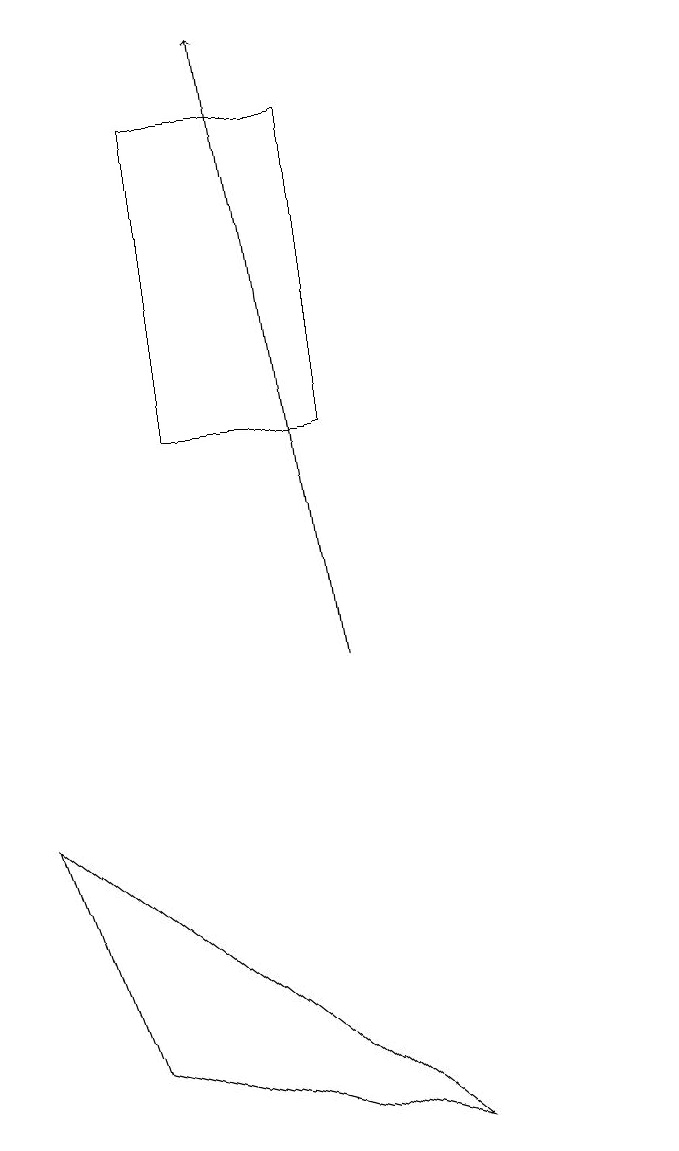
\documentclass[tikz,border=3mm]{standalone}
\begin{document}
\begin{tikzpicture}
\draw[->] (6,11) -- (5,19);
\draw (6,14) rectangle (4,18);
\draw (10,10) circle (0);
\draw (3,6) -- (7,5) -- (2,9) -- cycle;
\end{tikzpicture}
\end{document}